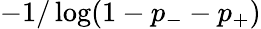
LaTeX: -1/\log(1-p_{-}-p_{+})